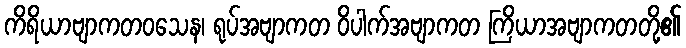
ကိရိယာဗျာကတဝသေန၊ ရုပ်အဗျာကတ ဝိပါက်အဗျာကတ ကြိယာအဗျာကတတို့၏